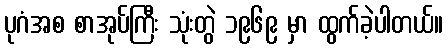
ပုဂံအစ စာအုပ်ကြီး သုံးတွဲ ၁၉၆၉ မှာ ထွက်ခဲ့ပါတယ်။